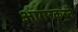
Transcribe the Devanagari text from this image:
आगरकरने